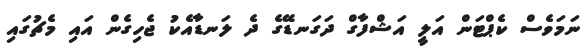
ނަމަވެސް ކެޕްޓަން އަލީ އަޝްފާގް ދަގަނޑޭގެ ދެ ލަނޑާއެކު ޖެހިގެން އައި މެޗުގައި